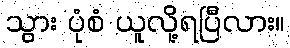
သွား ပုံစံ ယူလို့ရပြီလား။